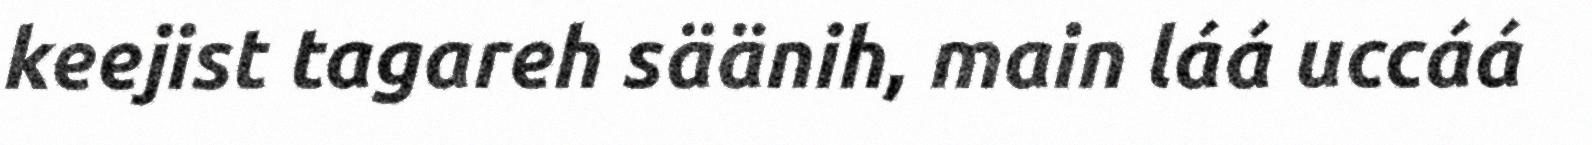
keejist tagareh säänih, main láá uccáá